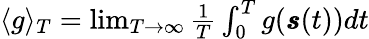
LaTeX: \begin{array}{r}{\langle g\rangle_{T}=\operatorname*{lim}_{T\rightarrow\infty}\frac{1}{T}\int_{0}^{T}g(\pmb{s}(t))dt}\end{array}